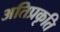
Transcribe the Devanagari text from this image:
अतिप्रकृति